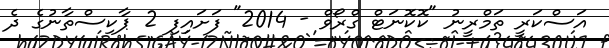
އަސްކަރީ ތަމްރީނު "ކޮކޮނަޓް ގްރޯވް - 2014" ފަށައިފި 2 ޕާކިސްތާނުގެ ދެ